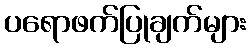
ပရောဖက်ပြုချက်များ